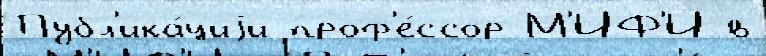
Публ'ика́циjи проф'е́ссор М'ИФ'И в